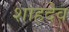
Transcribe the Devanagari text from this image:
शाहदेव